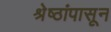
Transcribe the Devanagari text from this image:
श्रेष्ठांपासून